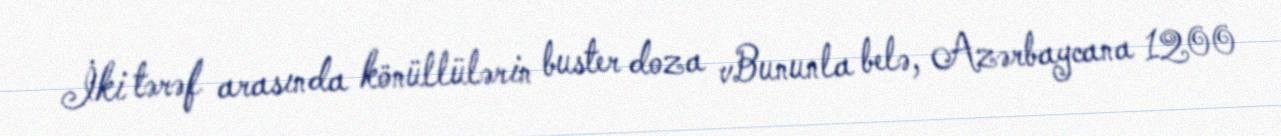
İki tərəf arasında könüllülərin buster doza vBununla belə, Azərbaycana 1200